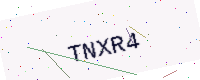
Text: TNXR4